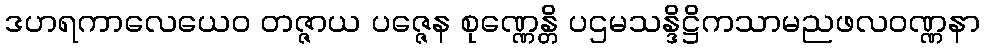
ဒဟရကာလေယေဝ တဇ္ဇာယ ပဇ္ဇေန စုဏ္ဏေန္တိ ပဌမသန္ဒိဋ္ဌိကသာမညဖလဝဏ္ဏနာ